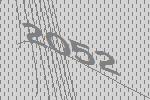
2052